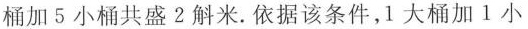
桶加5小桶共盛2斛米。依据该条件，1大桶加1小